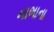
નાભાના